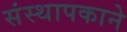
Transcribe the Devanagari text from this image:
संस्थापकाने